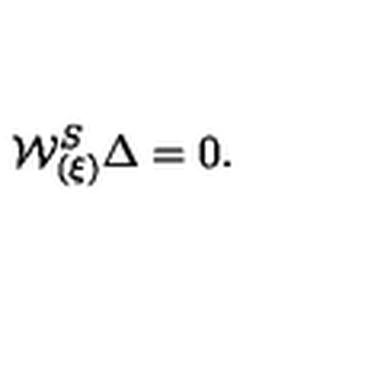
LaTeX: { \cal W } _ { ( \xi ) } ^ { S } \Delta = 0 .